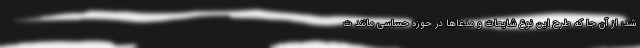
شد: از آن جا که طرح این نوع شایعات و مدعاها در حوزه حساسی مانند ت